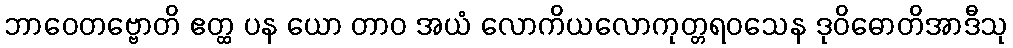
ဘာဝေတဗ္ဗောတိ ဧတ္ထ ပန ယော တာဝ အယံ လောကိယလောကုတ္တရဝသေန ဒုဝိဓောတိအာဒီသု